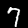
Label: 7